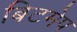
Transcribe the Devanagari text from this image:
बिटमेप